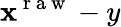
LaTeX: \mathbf{x}^{\mathrm{{~r~a~w~}}}-y